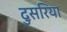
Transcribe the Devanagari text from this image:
दुसरिया